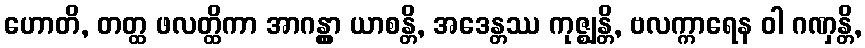
ဟောတိ, တတ္ထ ဖလတ္ထိကာ အာဂန္တွာ ယာစန္တိ, အဒေန္တဿ ကုဇ္ဈန္တိ, ဗလက္ကာရေန ဝါ ဂဏှန္တိ,